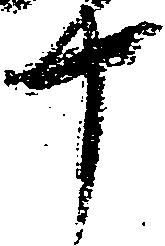
十